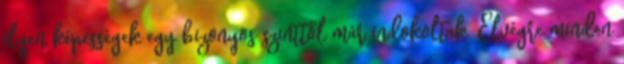
ilyen képességek egy bizonyos szinttől már indokoltak. Elvégre minden